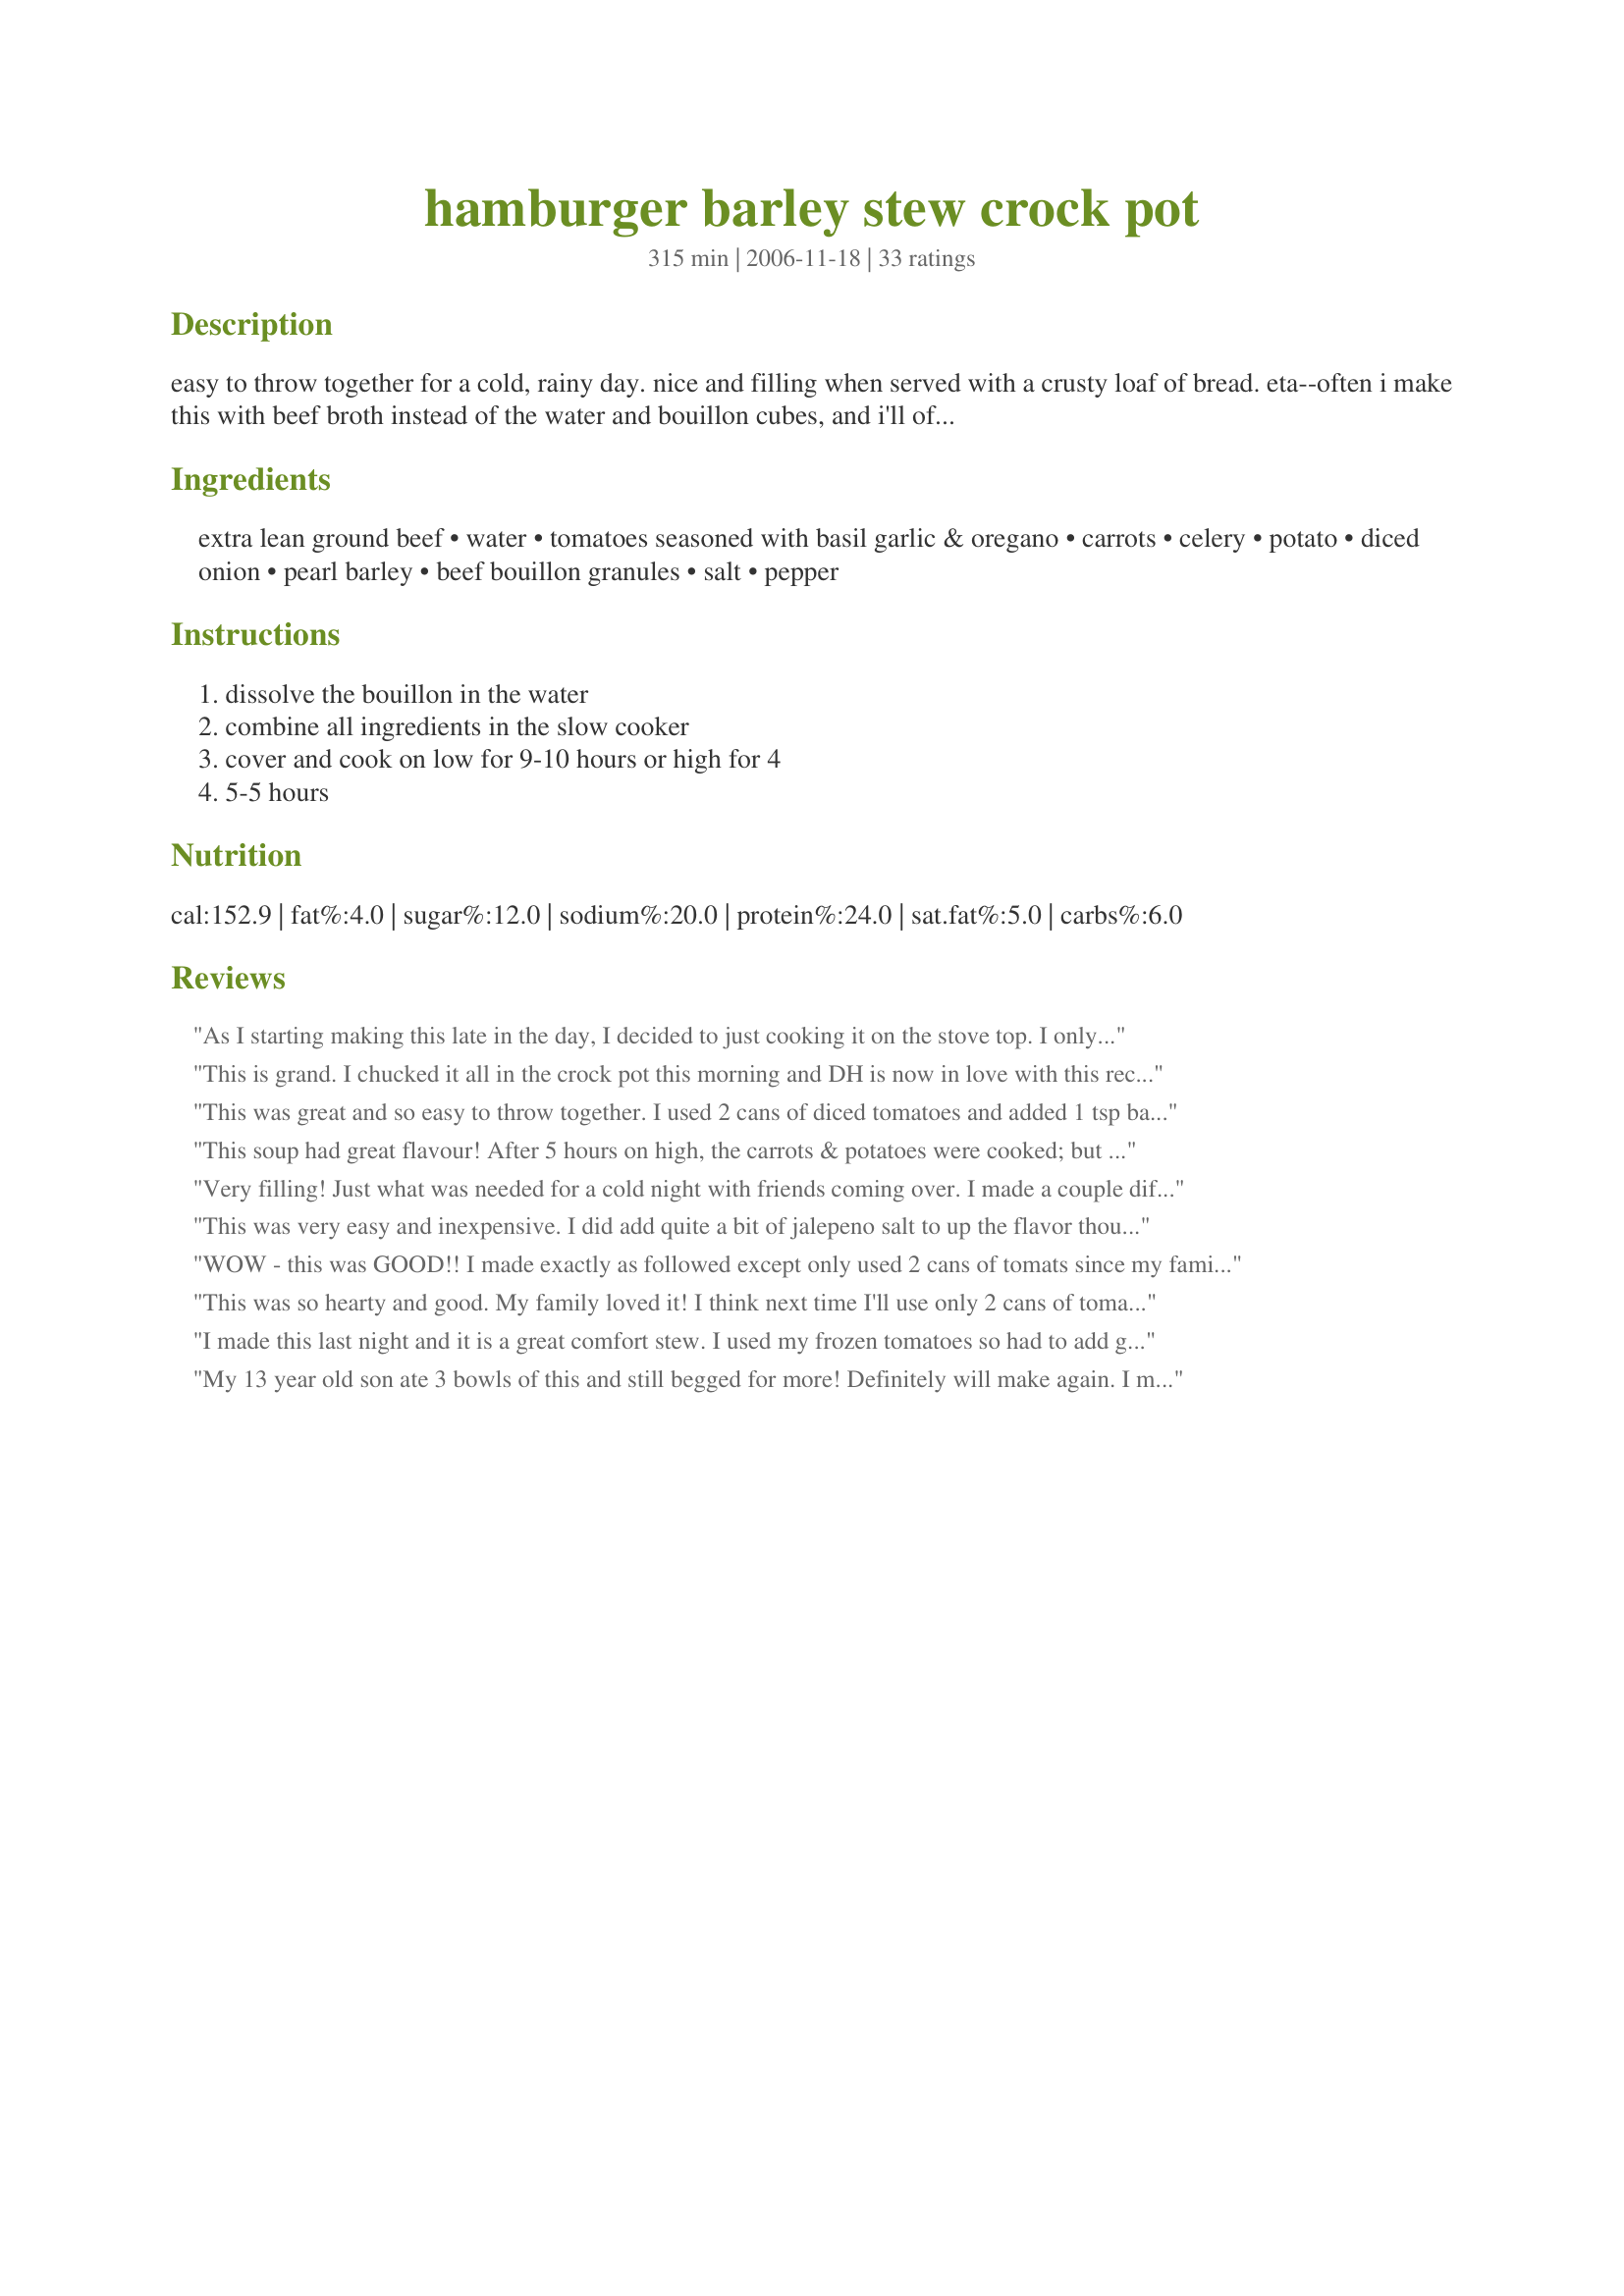
hamburger barley stew crock pot
Preparation time: 315 minutes

easy to throw together for a cold, rainy day. nice and filling when served with a crusty loaf of bread.
eta--often i make this with beef broth instead of the water and bouillon cubes, and i'll often add a can of canned corn as well.

Ingredients:
extra lean ground beef, water, tomatoes seasoned with basil garlic & oregano, carrots, celery, potato, diced onion, pearl barley, beef bouillon granules, salt, pepper

Steps:
dissolve the bouillon in the water, combine all ingredients in the slow cooker, cover and cook on low for 9-10 hours or high for 4, 5-5 hours

Reviews:
As I starting making this late in the day, I decided to just cooking it on the stove top. I only had plain tomatoes so added 1 1/2 t each of leaf oregano, basil and 2 cloves of minced garlic. I cooked it for about 45 mins to 1 hour. The soup turned out fantastic, thick with a lot of flavor. Made for the *Recipe Swap 14* game 2008 in the Aussie/NZ forum. Our group was *The Kumara Kids* Group 28
This is grand. I chucked it all in the crock pot this morning and DH is now in love with this recipe. He's not even complaining about the carrots and celery! You certainly can't get any easier. I'll fess up and admit that I used regular Costco ground beef. DH doesn't need to worry...and the extra lean is at least double the price. I made 5-6 serving amount and there is enough here to feed him all week! 5 stars for ease, economy and husband pleasing taste.
This was great and so easy to throw together. I used 2 cans of diced tomatoes and added 1 tsp basil, 1 tsp oregano, 1/2 tsp garlic powder. My crock cooks hot, so it was done in about 7 hours on low. I used a leek for the onion. We had recipe#95298 along with it. Makes a lot! I love that I can sneak in the barley! :)
This soup had great flavour! After 5 hours on high, the carrots & potatoes were cooked; but still "crunchy". They didn't turn to mush which i like. I added about 1/2 cup frozen corn. I took the suggestion of others & added the barley 2 hours before serving & the soup turned out GREAT!!! Love it!
Very filling! Just what was needed for a cold night with friends coming over. I made a couple different kinds of soup and everyone enjoyed this one, but it wasn't their favorite. I think I will make it again and try adding some of the tweeks mentioned by others- peas, red wine, tomato sauce.
This was very easy and inexpensive. I did add quite a bit of jalepeno salt to up the flavor though. I used beef broth instead of water/bouillon. Next time I might sub one can of diced tomatoes with a can of tomato sauce, just to make the sauce a bit thicker. Thanks for posting.
WOW - this was GOOD!! I made exactly as followed except only used 2 cans of tomats since my family usually isn't a fan of them, and skipped the celery since I'm not a fan. Next time I may add some mushrooms, but otherwise this is AMAZING!!
This was so hearty and good. My family loved it! I think next time I'll use only 2 cans of tomatos and more potatoes. (Purely out of vegetable preference!) But it really hit the spot and was pretty too.
I made this last night and it is a great comfort stew. I used my frozen tomatoes so had to add garlic, basil and oregano. The kitchen smelled heavenly all afternoon! Served this with bread and it was a very tasty filling meal. Thanks.
My 13 year old son ate 3 bowls of this and still begged for more! Definitely will make again. I made 1/2 the recipe and it made 8 bowls. I substituted an 8 oz can of tomato sauce for one of the cans of tomatoes. Delicious!
This was very good, but had to cook it a lot longer on high in order for the veggies to be tender. Thank you for sharing!
This is comfort food at its finest, I did exactly as the recipe called for, except I used 3 cups of beef broth and the rest water. The barley gives it a nice flavor along with good vitamins.
Delicious and simple. Perfect with crusty bread on a cold day. Used 2 cans of beef broth plus 1.25 cups of water instead of boullion with water.
I used 2 cans of beef broth and added about 3/4 c. water plus 2 beef bullioun cubes. I reduced the carrots to 1 1/2 c. and added about 2 cups chopped cabbage. Next time, I will probably add peas. This was very good. I can see it being even better with 1/2 c. red wine.
Wonderful soup! I used a carton (4 cups) of beef broth instead of the water & bouillon. Also added frozen peas as another reviewer mentioned. Thanks for a wonderful recipe!
6qt crock. 2 cans beef broth 1.5c water to equal 5c liquid. 2 cans italian diced tomatoes. no potatoes. cooked overnight sans barley because i have quick-cook barley. added barley at very end. REALLY tasty! served with grilled cheese sandwiches.
Delicious! Very easy to to put together and easier to eat. This will be added to my regular rotation. Thanks for a very good recipe.
I couldn't find BARLEY... my fantastic grocery store rarely lets me down! I used brown rice instead. It was just OK. Edible, sure! The pictures definitely look tastier than what I experienced this evening. It was hearty, filling, and warm... maybe I'll try it again with barley and will enjoy it more :-)
What a wonderful soup! I made it in my 6 quart crockpot. I added a little extra garlic because we love it. And I omitted the salt because there was plenty of it in the beef bouillon. I served it with warm whole wheat dinner rolls.
Thank you for posting this recipe, it's a keeper!
Yummy! This was great and will make it again for sure!!! I found I didn't buy enough cans of tomatoes so I had to substitute some crushed tomato and just beefed up the seasonings that would be missed by not using seasoned tomatoes. Thank you!
Good hearty meal. About as easy as they come, gets a lot of mileage out of a pound of ground meat AND tasted even better the next day! I will be making this again soon.
Soup is a true comfort food and for this reason it is nice making it in the crock pot for its ease and blending of flavors. Cooking on Low on all day provides a chance for the flavors to blend together. This soup is FANTASTIC! I cooked it in my Rival 6 quart Smart Pot and it was filled to the rim. The only change I made was to add the pearl barley at the end of the cooking time because it does swell up and absorb all the broth. I added it the last hour of cooking. Serve this with homemade bread and a side salad and you have a complete meal.
I very much enjoyed this. Used on 28oz can diced tomato (and added a small can of tomato paste to give it a bit more body.. also and added extra spices as my tomatoes weren't spiced. Rather than cut up carrots/onion/celery used just 2 cups of frozen spagetti mix (carrots, green pepper, celery and onion). Added 1/2 cup of red wine - might add about half that next time. Will definitely make again but will use beef broth rather than beef bullion and water. <br/><br/>A great and very easy recipe! Thank you!
I am not going to rate this being I made changes as I started the recipe as written - then thought as it cooked for more flavor to add 1 tsp of chipolte in adobe sauce and a tablespooon of tomato paste because I didn't like the color of the sauce, and did use ground turkey. My husband loved it and called it "hardy". I thought it was OK. Made a half recipe and yes makes at least 4 to 5 servings. Always better warmed as a leftover and looking foward to it. Made #26110 biscuits to serve with. Easy and good!
Very good recipe. Will be making it again.
They were calling for bad weather today so I put this in the crockpot last night so we would have it for lunch today as I figured school would be cancelled. It smelled so good when I got up. I followed the recipe as written other then I followed another reviewers advice and added the barley in the last hour. We all loved this. It was good and easy to put together. This was my first time using barley. Will be making again.
I had leftover beef roast so I used that instead of ground meat. Also, had no onion so I used Beefy Onion Soup Mix and beef broth instead of water.(Did not add beef boullion) Made a loaf of crusty bread in bread machine(recipe#81851) and a salad for a delicious dinner. Great way to use leftover roast and was very easy and quick to throw together. Thanks for posting this recipe!
EXCELLENT and very filling/hearty. Thanks for sharing! My first time using Barley and I also picked up the quick cooking kind. Used 28oz tomatoes with 15oz sauce, less than a pound of chuck, and threw in 2 fresh cloves of garlic. Made it on the stovetop and added the barley the last 20 minutes. Alternated between med-high heat and simmering for an hour and a half.
This recipe is perfect on a cold snowy day! I used ground round, 4 cups of water, 1 can of beef broth, and 2 beef bouillon cubes. DH picked up quick cooking barley instead of pearl barley so I added it towards the end. Also, I had another recipe in the crockpot so I did make this in my dutch oven on the stove. Cooked on medium low for a couple hours and it was amazing! Great flavors and loved the barley, even better warmed up for lunch this afternoon. Thank you megsmom!
ok I just put this in my crock pot and it almost don't fit,and I have not put in the potatoes or barley as I am using canned potatoes and quick barley. I will update later. Ok I have added some corn and it is smelling great. I just hope I can get everything into the crockpot. it is full(3 to 3 1/2 qt)
This was so good. On a cold winter day, sure hit the spot and so easy to make. thanks
Nothing complicated here just pure comfort food at it's best. The balance of flavors worked so well as did the proportions of meat, vegetables and grains. I halved the recipe, including 2 full cans of tomatoes. At the end of six hours on low, I ended up adding another cup of water as well as the soup was quite thick and the barley was still cooking. Perhaps because it was a half batch, the soup was done at 8 hours. The barley was tender, soft without being mushy. Because the grains had released some starch, the stew had a nice thick meaty sauce. Just plain old yummy. Thanks!
Excellent stew. I added some frozen peas, left out the potatoes and used a 1lb flank steak that had been beaten to death and then cut into cubes. Cooked on high 4 hours and it was done. Made for ZWT4.
